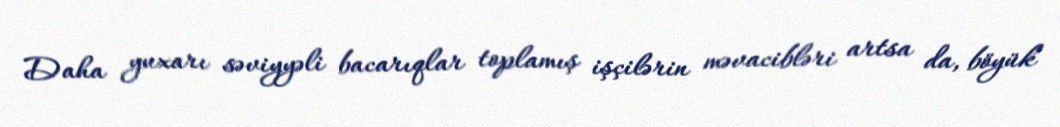
Daha yuxarı səviyyəli bacarıqlar toplamış işçilərin məvacibləri artsa da, böyük